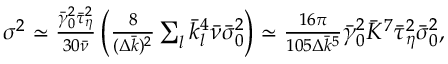
\begin{array} { r } { \sigma ^ { 2 } \simeq \frac { \bar { \gamma } _ { 0 } ^ { 2 } \bar { \tau } _ { \eta } ^ { 2 } } { 3 0 \bar { \nu } } \left( \frac { 8 } { ( \Delta \bar { k } ) ^ { 2 } } \sum _ { l } \bar { k } _ { l } ^ { 4 } \bar { \nu } \bar { \sigma } _ { 0 } ^ { 2 } \right) \simeq \frac { 1 6 \pi } { 1 0 5 \Delta \bar { k } ^ { 5 } } \bar { \gamma } _ { 0 } ^ { 2 } \bar { K } ^ { 7 } \bar { \tau } _ { \eta } ^ { 2 } \bar { \sigma } _ { 0 } ^ { 2 } , } \end{array}